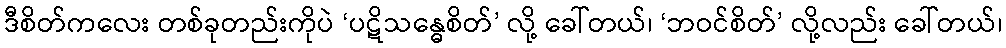
ဒီစိတ်ကလေး တစ်ခုတည်းကိုပဲ ‘ပဋိသန္ဓေစိတ်’ လို့ ခေါ်တယ်၊ ‘ဘဝင်စိတ်’ လို့လည်း ခေါ်တယ်၊